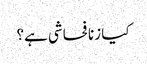
کیا زنا فحاشی ہے؟